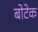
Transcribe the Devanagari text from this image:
बोटेक